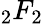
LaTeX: {}_{2}F_{2}